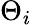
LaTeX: \Theta_{i}